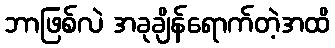
ဘာဖြစ်လဲ အခုချိန်ရောက်တဲ့အထိ